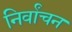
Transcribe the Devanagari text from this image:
निर्वांचन